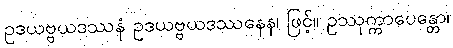
ဥဒယဗ္ဗယဒဿနံ ဥဒယဗ္ဗယဒဿနေန၊ ဖြင့်။ ဥဿုက္ကာပေန္တော၊